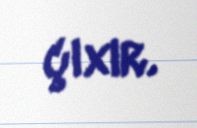
çıxır.